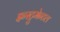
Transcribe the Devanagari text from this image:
इन्स्ट्रुमेन्टल